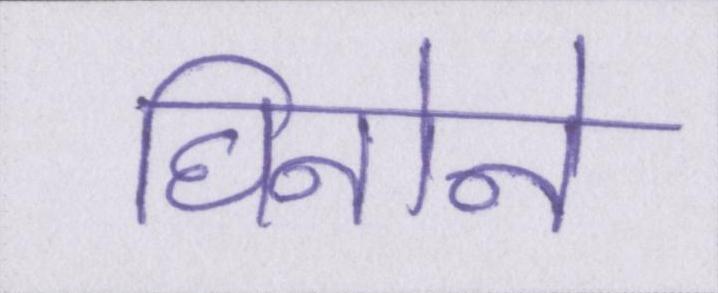
घिनोने